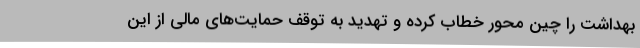
بهداشت را چین محور خطاب کرده و تهدید به توقف حمایت‌های مالی از این